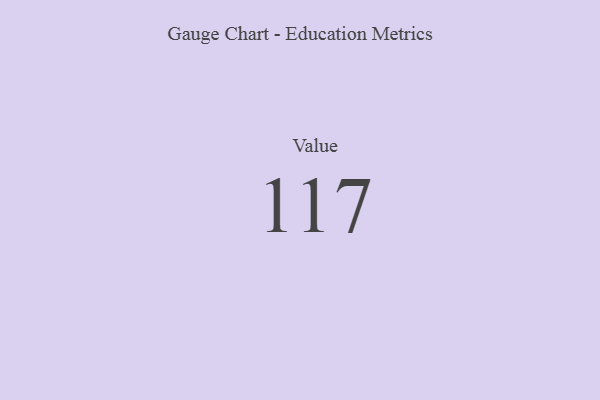
{"axis": {"x": "Metric", "y": "Value"}, "legend": [""], "data": [{"x": "Value", "y": 117, "type": ""}]}